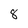
Character: 8